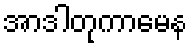
အာဒါတုကာမေန